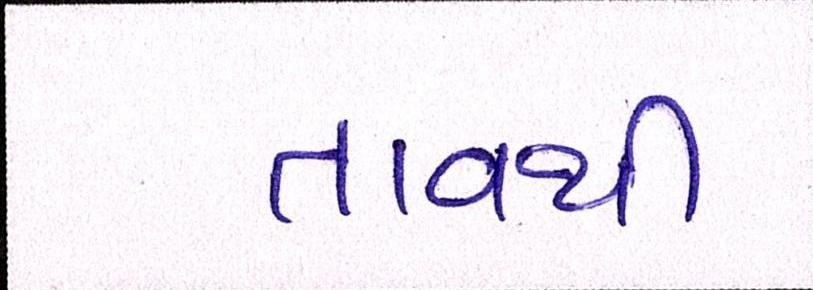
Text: તાવથી